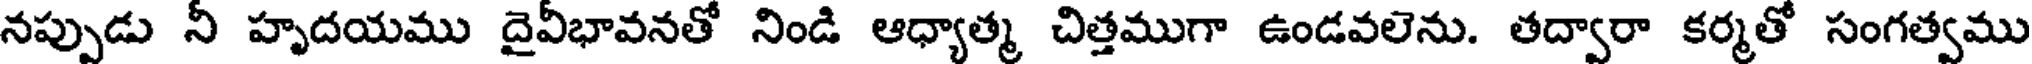
నప్పుడు నీ హృదయము దైవీభావనతో నిండి ఆధ్యాత్మ చిత్తముగా ఉండవలెను. తద్వారా కర్మతో సంగత్వము